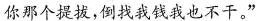
你那个提拔，倒找我钱我也不干。"